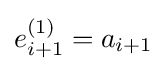
e_{i+1}^{(1)}=a_{i+1}